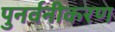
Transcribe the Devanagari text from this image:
पुनर्वनीकरण